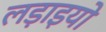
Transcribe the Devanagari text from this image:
लड़ाइयो